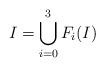
LaTeX: \begin{align*}I=\bigcup_{i=0}^3 F_i(I)\end{align*}